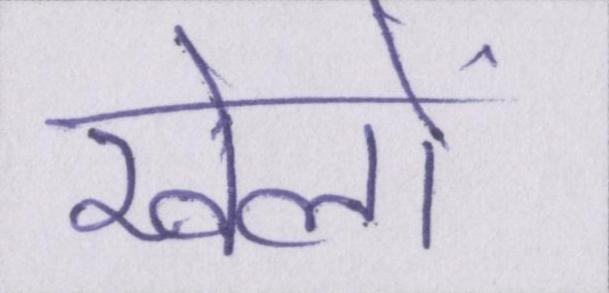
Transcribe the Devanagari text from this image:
खेलों